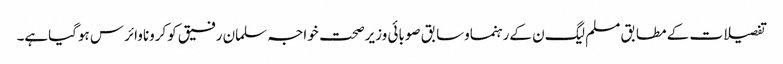
تفصیلات کے مطابق مسلم لیگ ن کےرہنماوسابق صوبائی وزیرصحت خواجہ سلمان رفیق کوکروناوائرس ہوگیاہے۔